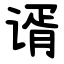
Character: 谞